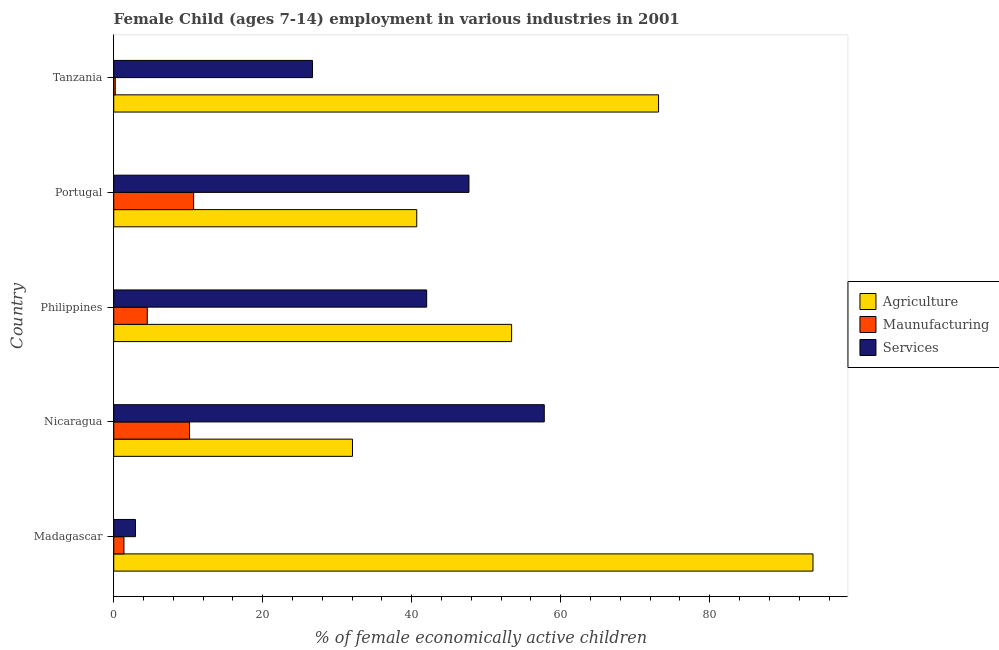
| Country | Agriculture | Maunufacturing | Services |
 | --- | --- | --- | --- |
 | Madagascar | 93.8 | 1.37 | 2.92 |
 | Nicaragua | 32 | 10.2 | 57.8 |
 | Philippines | 53.4 | 4.5 | 42 |
 | Portugal | 40.7 | 10.7 | 47.7 |
 | Tanzania | 73.1 | 0.203 | 26.7 |